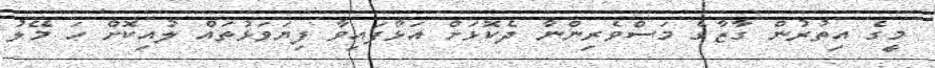
މީގެ އިތުރުން ގާޒާގެ މަސްވެރިންނާ ދެކޮޅަށް އަޅާފައިވާ ފިޔަވަޅުތައް ލުއިކޮށް ހަ މޭލު